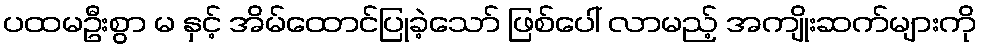
ပထမဦးစွာ မ နှင့် အိမ်ထောင်ပြုခဲ့သော် ဖြစ်ပေါ် လာမည့် အကျိုးဆက်များကို